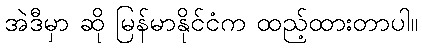
အဲဒီမှာ ဆို မြန်မာနိုင်ငံက ထည့်ထားတာပါ။